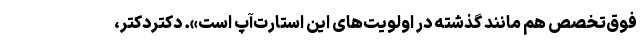
فوق‌تخصص هم مانند گذشته در اولویت‌های این استارت‌آپ است». دکتردکتر،